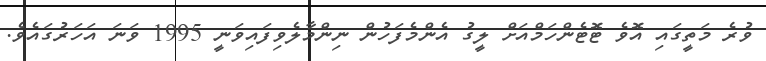
ވުރެ މަތީގައި އޮވެ ޓޮޓެންހަމްއަށް ލީގު އެންމެފަހުން ނިންމާލެވިފައިވަނީ 1995 ވަނަ އަހަރުގައެވެ.